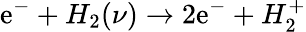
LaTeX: \mathrm{e}^{-}+H_{2}(\nu)\rightarrow2\mathrm{e}^{-}+H_{2}^{+}